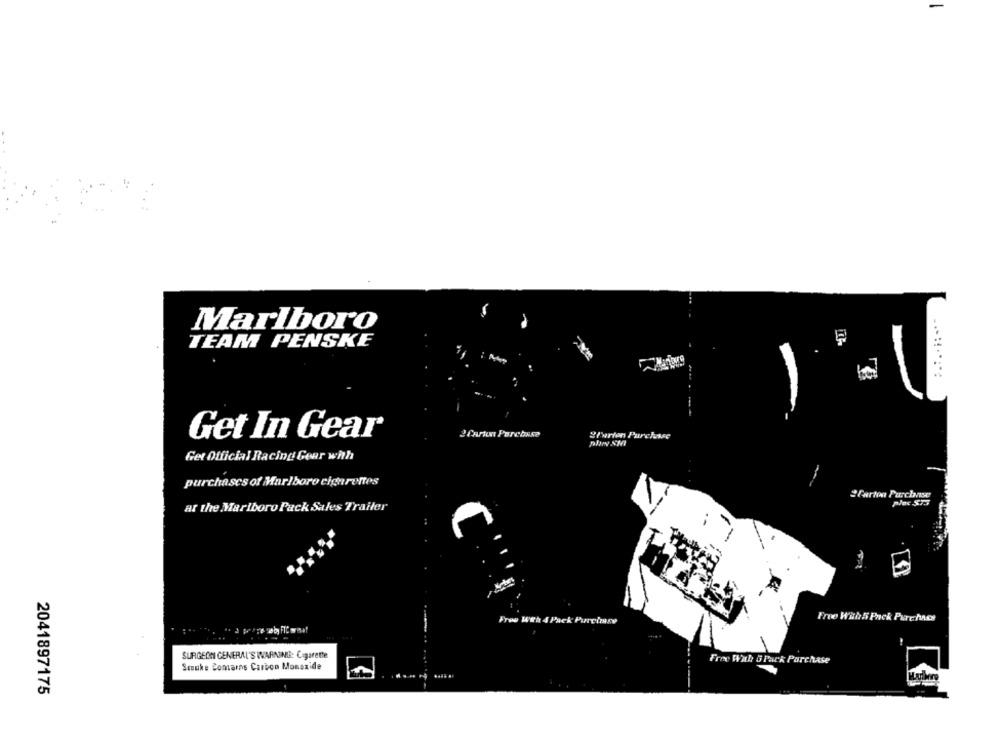
Marlboro
TEAM PENSKE
Get In Gear
2Parten Purchase
Get Official Racing Gear with
purchases of Marlboro cigarettes
2Carton Purchase
at the Marlboro Pack Sales Trailer
Free Wth 4 Pack Purchase
Free With 5 Pack Purchase
SURGEON GENERAL'S WARNING: Cigarette
Free Wah 5 Pack Porchase
Smoke Contains Carbon Monoxide
2041897175